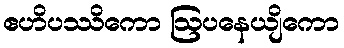
ဧဟိပဿိကော ဩပနေယျိကော